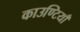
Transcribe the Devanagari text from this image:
काउण्टियाँ